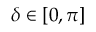
\delta \in [ 0 , \pi ]